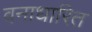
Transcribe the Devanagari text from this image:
वनाधारित